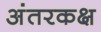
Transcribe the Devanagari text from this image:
अंतरकक्ष